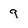
Character: 9